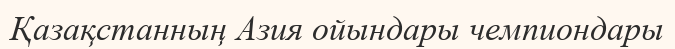
Қазақстанның Азия ойындары чемпиондары